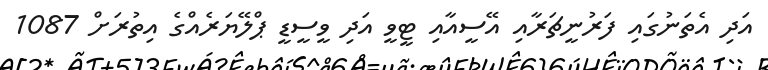
އަދި އެތަނުގައި ފަރުނީޗަރާއި އޭސީއާއި ޓީވީ އަދި ވީސީޑީ ޕްލޭޔަރެއްގެ އިތުރަށް 1087